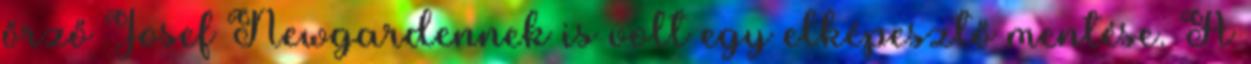
őrző Josef Newgardennek is volt egy elképesztő mentése. A